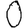
Digit: 0